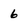
Character: 6